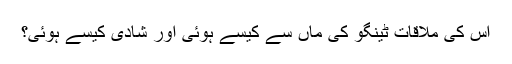
اس کی ملاقات ٹینگو کی ماں سے کیسے ہوئی اور شادی کیسے ہوئی؟